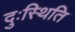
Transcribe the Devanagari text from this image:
दुःस्थिति